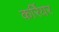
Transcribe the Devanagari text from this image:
कर्रियर